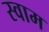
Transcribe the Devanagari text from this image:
स्वाम